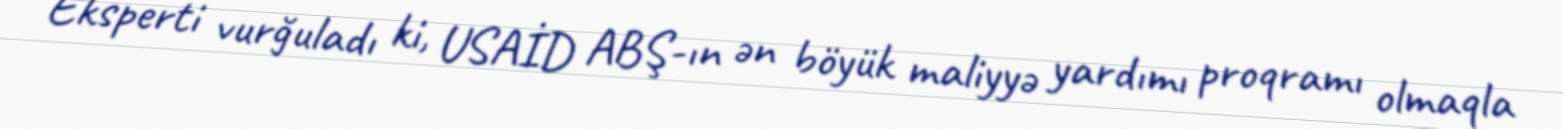
Eksperti vurğuladı ki, USAİD ABŞ-ın ən böyük maliyyə yardımı proqramı olmaqla